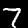
Label: 7